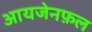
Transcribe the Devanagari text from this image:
आयजेनफ़ल